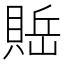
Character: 𰷇